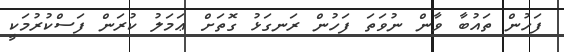
ފަހުން ތައުބާ ވާން ނުވަތަ ފަހުން ރަނގަޅު ގޮތަށް ޢަމަލު ކުރަން ފަސްކުރުމަކީ